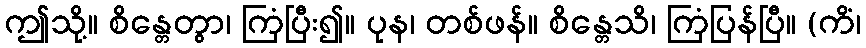
ဤသို့။ စိန္တေတွာ၊ ကြံပြီး၍။ ပုန၊ တစ်ဖန်။ စိန္တေသိ၊ ကြံပြန်ပြီ။ (ကိံ၊